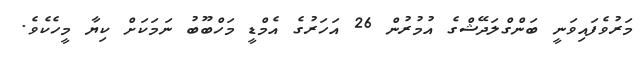
މަރުވެފައިވަނީ ބަންގްލަދޭޝްގެ އުމުރުން 26 އަހަރުގެ އެމްޑީ މަހްބޫބު ނަމަކަށް ކިޔާ މީހެކެވެ.